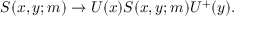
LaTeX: S ( x , y ; m ) \rightarrow U ( x ) S ( x , y ; m ) U ^ { + } ( y ) .